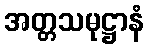
အတ္တသမုဋ္ဌာနံ